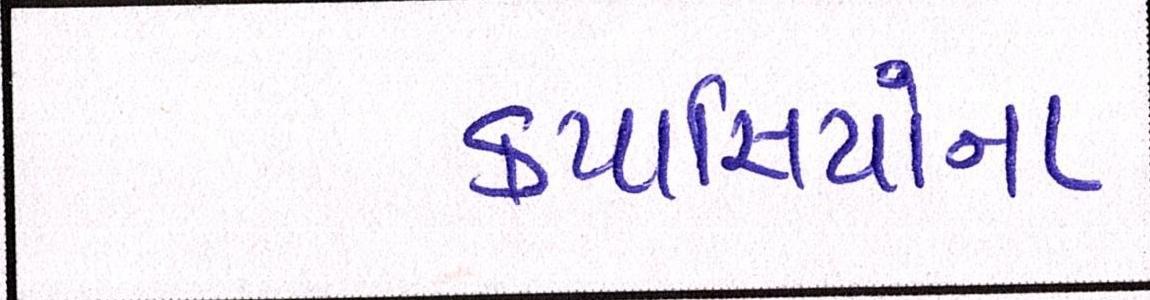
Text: કપાસિયાંના